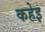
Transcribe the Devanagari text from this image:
कहेइ